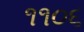
૧૧૦૬